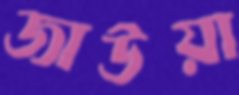
জাউয়া